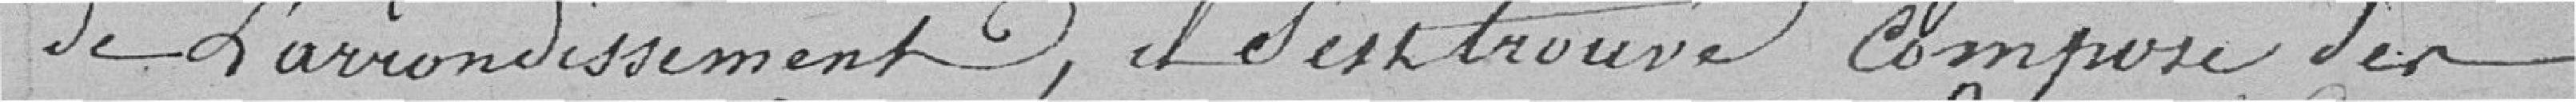
de l'arrondissement, il s'est trouvé composé des